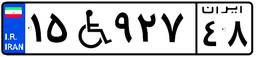
۱۵W۹۲۷۴۸